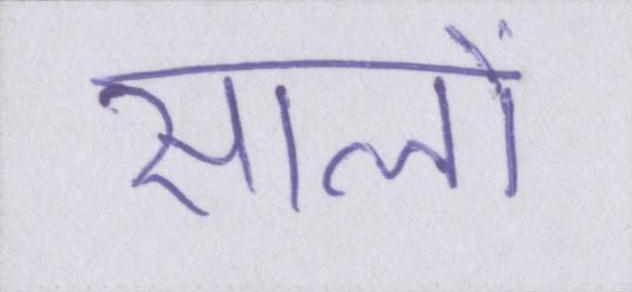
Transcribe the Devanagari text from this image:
सालों